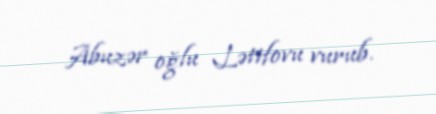
Abuzər oğlu Lətifovu vurub.